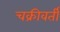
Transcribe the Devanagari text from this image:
चक्रीवर्ती